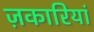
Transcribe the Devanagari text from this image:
ज़कारियां